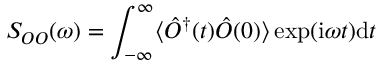
S _ { O O } ( \omega ) = \int _ { - \infty } ^ { \infty } \langle \hat { O } ^ { \dagger } ( t ) \hat { O } ( 0 ) \rangle \exp ( \mathrm { i } \omega t ) \mathrm { d } t